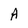
Character: A